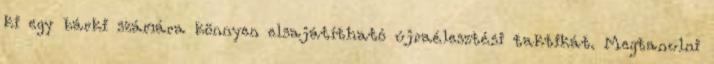
ki egy bárki számára könnyen elsajátítható újraélesztési taktikát. Megtanulni